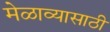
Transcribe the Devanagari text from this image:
मेळाव्यासाठी